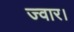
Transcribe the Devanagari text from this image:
ज्वार।